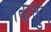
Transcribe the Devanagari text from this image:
नाकचुग